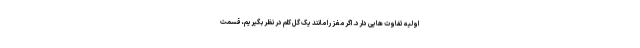
اولیه تفاوت هایی دارد. اگر مغز را مانند یک گل کلم در نظر بگیریم، قسمت